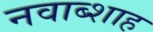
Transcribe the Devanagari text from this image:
नवाब्शाह